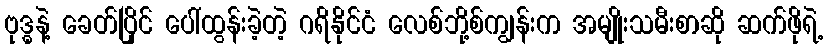
ဗုဒ္ဓနဲ့ ခေတ်ပြိုင် ပေါ်ထွန်းခဲ့တဲ့ ဂရိနိုင်ငံ လေစ်ဘို့စ်ကျွန်းက အမျိုးသမီးစာဆို ဆက်ဖိုရဲ့